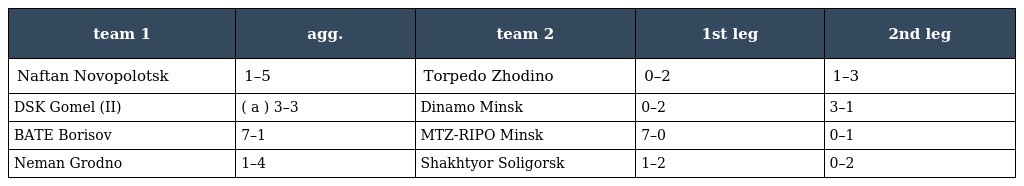
| team 1 | agg. | team 2 | 1st leg | 2nd leg |
 | --- | --- | --- | --- | --- |
 | Naftan Novopolotsk | 1–5 | Torpedo Zhodino | 0–2 | 1–3 |
 | DSK Gomel (II) | ( a ) 3–3 | Dinamo Minsk | 0–2 | 3–1 |
 | BATE Borisov | 7–1 | MTZ-RIPO Minsk | 7–0 | 0–1 |
 | Neman Grodno | 1–4 | Shakhtyor Soligorsk | 1–2 | 0–2 |